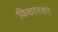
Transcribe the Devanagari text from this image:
विकारका